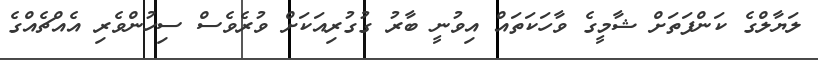
ލަޔާލްގެ ކަންފަތަށް ޝާމީގެ ވާހަކަތައް އިވުނީ ބާރު ގުގުރިއަކަށް ވުރެވެސް ސިހުންވެރި އެއްޗެއްގެ